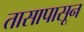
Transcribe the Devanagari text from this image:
तासापासून